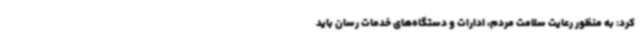
کرد: به منظور رعایت سلامت مردم، ادارات و دستگاه‌های خدمات رسان باید